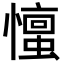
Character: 𪬹